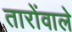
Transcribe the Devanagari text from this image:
तारोंवाले